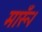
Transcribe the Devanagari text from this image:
मारूँ।